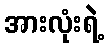
အားလုံးရဲ့